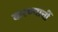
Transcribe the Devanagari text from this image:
करण्याचीं